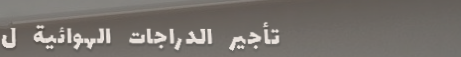
تأجير الدراجات الهوائية ل